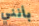
بأنني